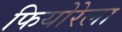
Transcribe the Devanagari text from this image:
फियोरेला